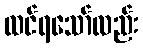
ထင်ရသော်လည်း